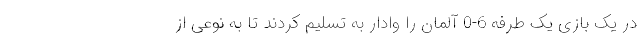
در یک بازی یک طرفه 6-0 آلمان را وادار به تسلیم کردند تا به نوعی از